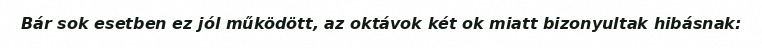
Bár sok esetben ez jól működött, az oktávok két ok miatt bizonyultak hibásnak: